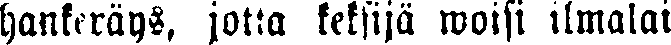
hankeräys, jotta keksijä woisi ilmalai